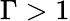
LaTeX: \Gamma>1